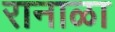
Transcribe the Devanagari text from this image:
रानाळा